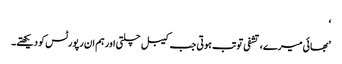
‘
’بھائی میرے، تشفی تو تب ہوتی جب کیبل چلتی اور ہم ان رپورٹس کو دیکھتے۔